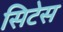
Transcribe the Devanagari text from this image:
सिटेस